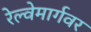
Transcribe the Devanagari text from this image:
रेल्वेमार्गवर